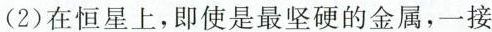
(2)在恒星上，即使是最坚硬的金属，一接